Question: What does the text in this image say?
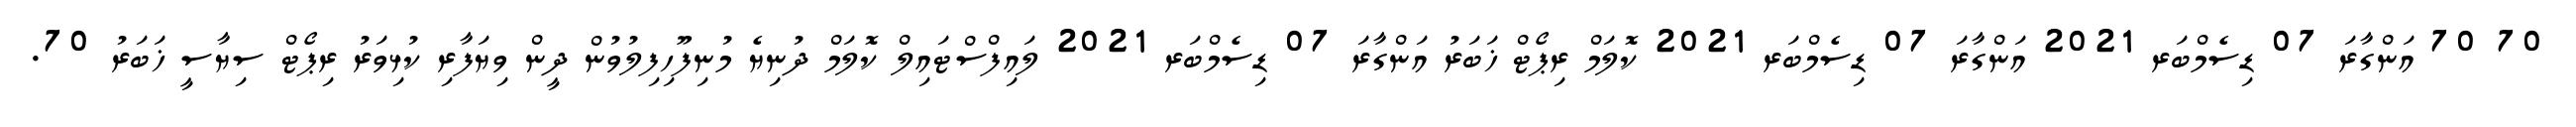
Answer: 70 70 އަންގާރަ 07 ޑިސެމްބަރ 2021 އަންގާރަ 07 ޑިސެމްބަރ 2021 ކޮލަމް ރިޕޯޓް ޚަބަރު އަންގާރަ 07 ޑިސެމްބަރ 2021 ލައިފްސްޓައިލް ކޮލަމް ދުނިޔެ މުނިފޫހިފިލުވުން ދީން ވިޔަފާރި ކުޅިވަރު ރިޕޯޓް ސިޔާސީ ޚަބަރު 70.